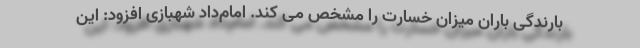
بارندگی باران میزان خسارت را مشخص می کند. امام‌داد شهبازی افزود: این